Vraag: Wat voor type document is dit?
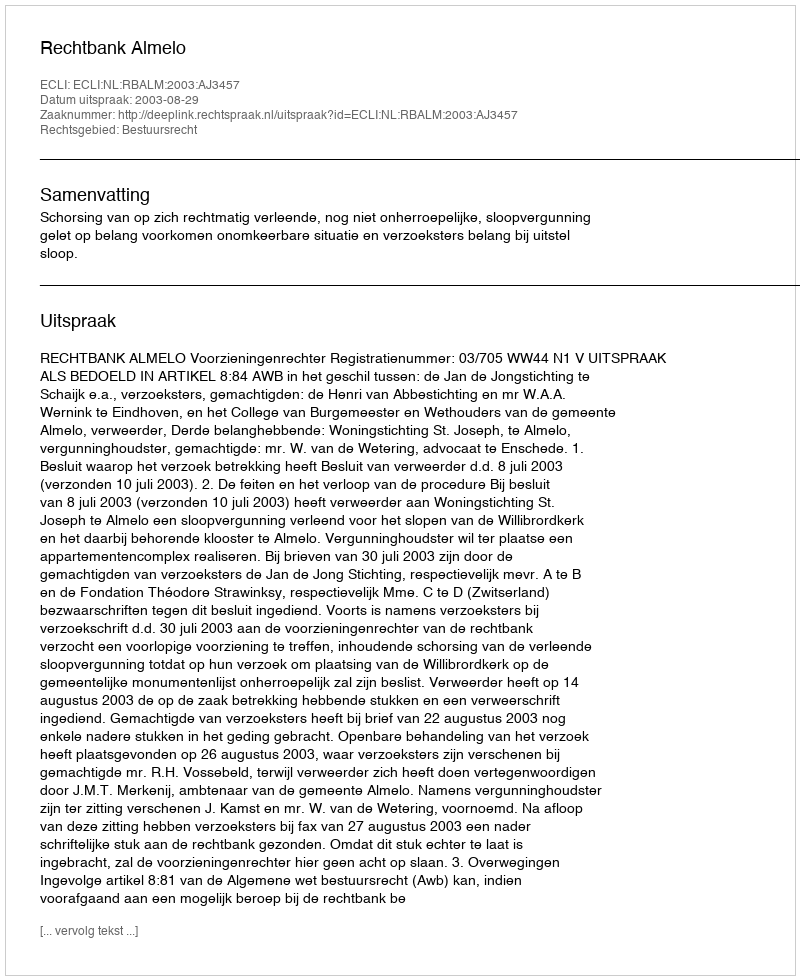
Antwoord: Uitspraak